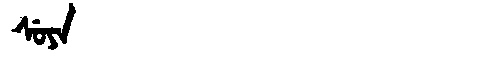
Manchu: ᠰᡠᠶᠠ
Romanization: SUYA